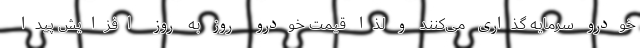
خودرو سرمایه گذاری می‌کنند و لذا قیمت خودرو روز به روز افزایش پیدا